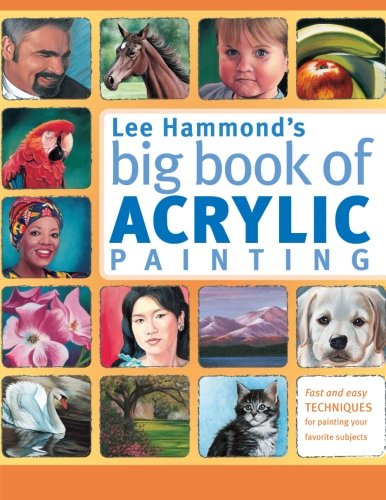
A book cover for Lee Hammond's Big Book of Acrylic Painting: Fast, easy techniques for painting your favorite subjects; Lee Hammond; Arts & Photography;